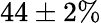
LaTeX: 44\pm 2\%